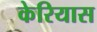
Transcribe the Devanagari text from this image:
केरियास